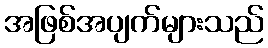
အဖြစ်အပျက်များသည်